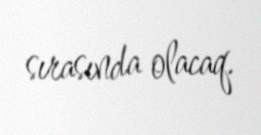
sırasında olacaq.